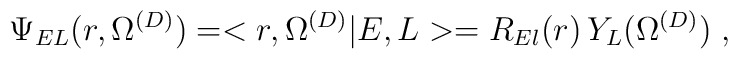
\Psi_{E L}(r, \Omega^{(D)})=<r, \Omega^{(D)}| E , L > =R_{El} (r)\,Y_{L} (\Omega^{(D)})\; ,